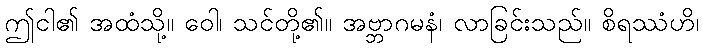
ဤငါ၏ အထံသို့။ ဝေါ၊ သင်တို့၏။ အဗ္ဘာဂမနံ၊ လာခြင်းသည်။ စိရဿံဟိ၊